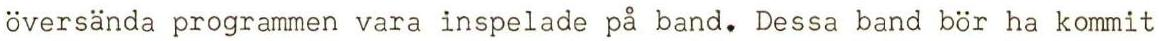
översända programmen vara inspelade på band. Dessa band bör ha kommit